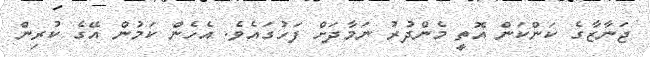
ޖަނާޒާގެ ކަންކަން އޮތީ މެންދުރު ނަމާދަށް ފަހުގައެވެ. އެހެން ކަމުން އޭގެ ކުރިން